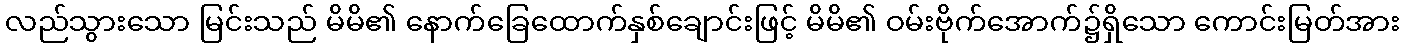
လည်သွားသော မြင်းသည် မိမိ၏ နောက်ခြေထောက်နှစ်ချောင်းဖြင့် မိမိ၏ ဝမ်းဗိုက်အောက်၌ရှိသော ကောင်းမြတ်အား